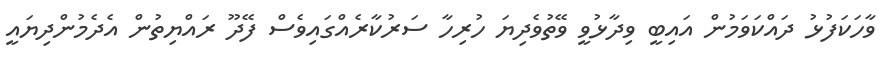
ވާހަކަފުޅު ދައްކަވަމުން އައިބީ ވިދާޅުވީ ވޭތުވެދިޔަ ހުރިހާ ސަރުކާރެއްގައިވެސް ފޭދޫ ރައްޔިތުން އެދެމުންދިޔައީ